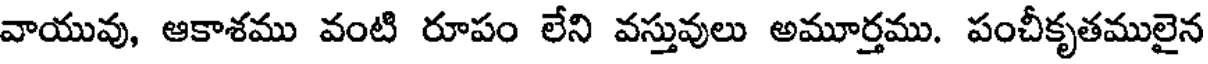
వాయువు, ఆకాశము వంటి రూపం లేని వస్తువులు అమూర్తము. పంచీకృతములైన